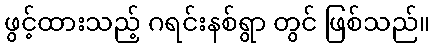
ဖွင့်ထားသည့် ဂရင်းနစ်ရွာ တွင် ဖြစ်သည်။